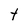
Character: t